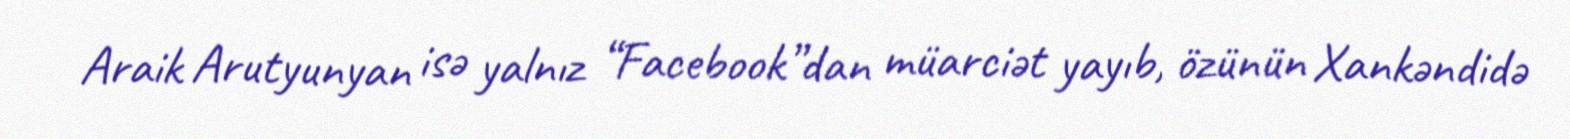
Araik Arutyunyan isə yalnız “Facebook”dan müarciət yayıb, özünün Xankəndidə